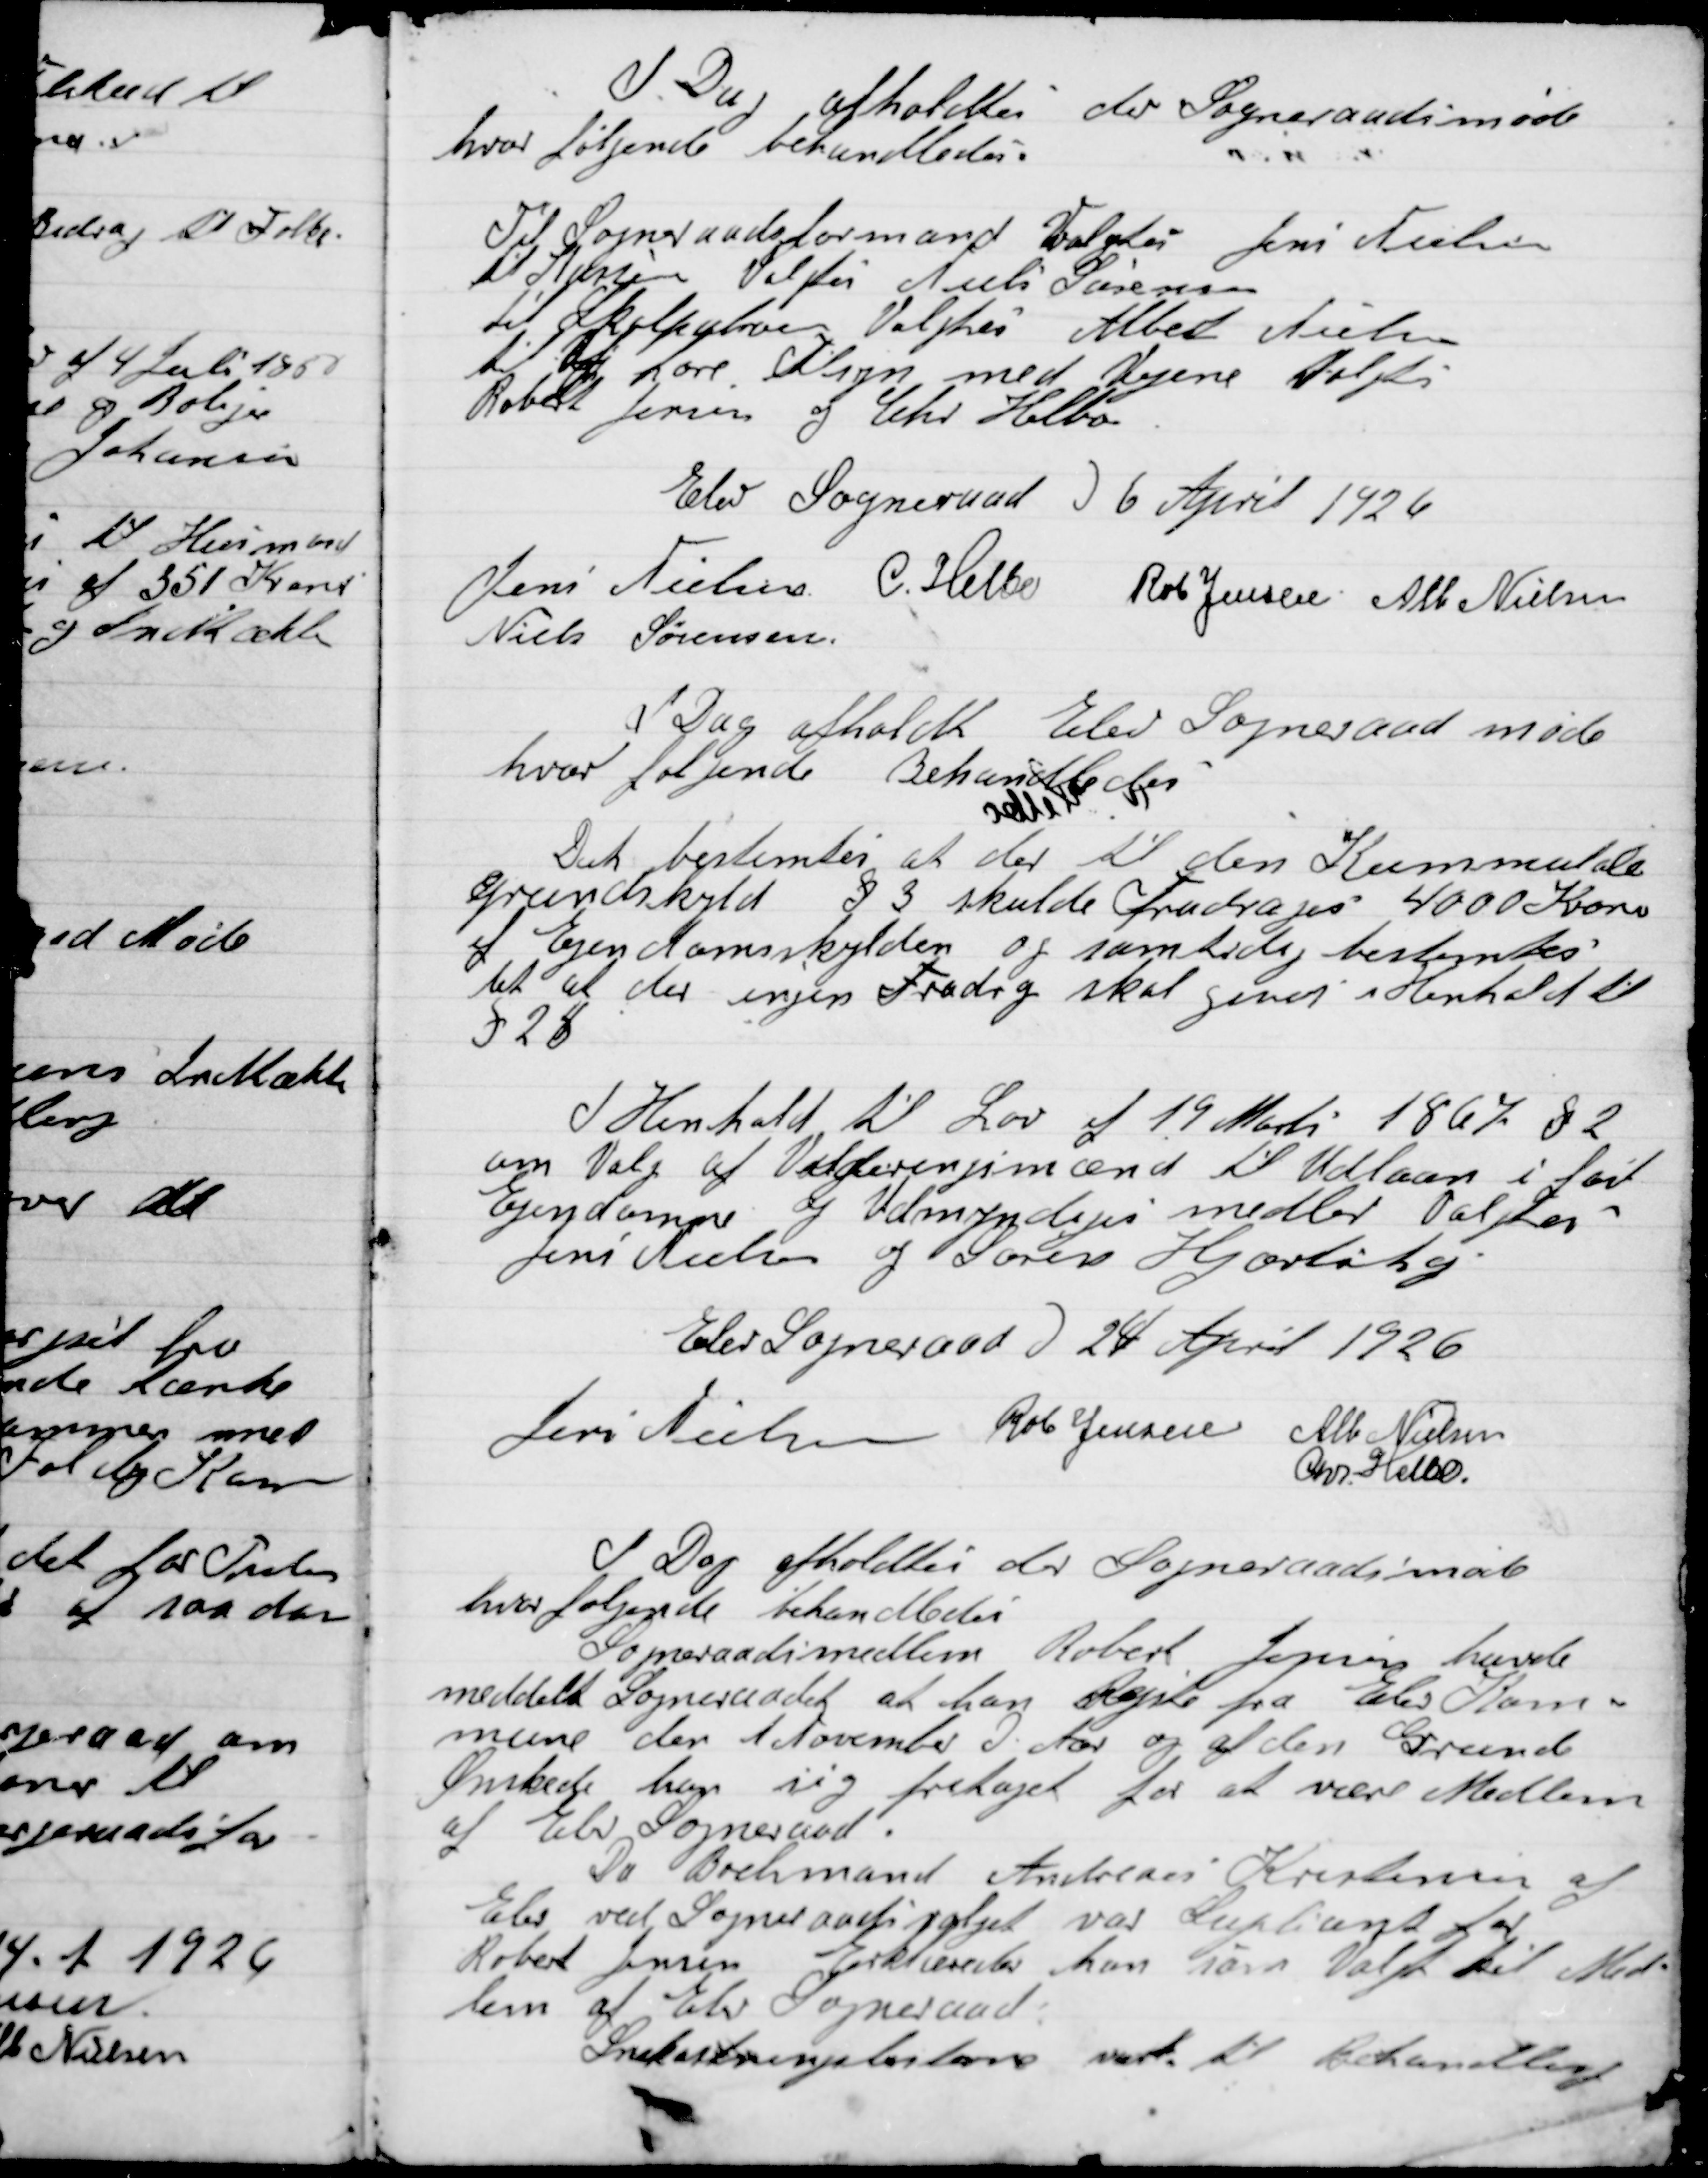
Transskription:
I Dag afholdes der Sogneraadsmøde
hvor følgende behandledes.

Til Sogneraadsformand Valgtes Jens Nielsen
til Kasserer valgtes Niels Sørensen
 til Skolepatroen Valgtes Albert Nielsen
til at føre Tilsyn med Vejene Valgtes
Robert Jensen og Chr. Helbo.

Elev Sogneraad D. 6. April1926

Jens Nielsen
C. Helbo
Rob. Jensen
Alb. Nielsen
Niels Sørensen

I Dag afholdt Elev Sogneraad møde
hvor følgende Behandledes.

Det bestemtes at der til den Kommunale
Grundskyld § 3 skulde Fradrages 4000 Kroner
af Ejendomsskylden og samtidig bestemtes
det at der ingen Fradrag skal gives i Henholdt til
§ 28.

I Henholdt til Lov af 19 Marts 1967 § 2
om Valg af Vurderingsmænd til Udlaan i fast
Ejendomme og Umyndige medlemmer Valgtes
Jens Nielsen og Søren Hjortshøj.

Elev Sogneraad D. 24 April 1926

Jens Nielsen
Rob. Jensen
Alb. Nielsen
Chr. Helbo

I Dag afholdt Elev Sogneraad møde
hvor følgende Behandledes.
Sogneradsmedlem Robert Jensen havde
meddelt Sogneraadet at han Rejste fra Elev Kom-
mune den 1 November D. Aar og af den Grund
Ønskede han sig fritaget for at være Medlem
af Elev Sogneraad.
Da Boelsmand Andreas Kristensen af
Elev ved sogneraadsvalget var Suppleant for
Robert Jensen Erklæredes han som Valgt til Med-
lem af Elev Sogneraad.
Snekastningslisterne var til behandling